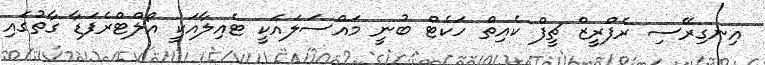
އިނގިރޭސި ރެފްރީޒް ޗީފް ކެއިތް ހަކެޓް ބުނީ މައްސަލައަކީ ޓެއިލާއަކީ އޯލްޓްރެފަޑާ ގާތުގައި